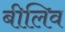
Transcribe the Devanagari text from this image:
बीलिव